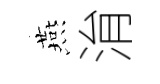
燕㳙